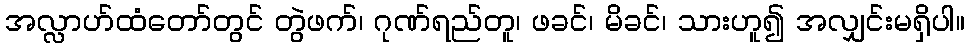
အလ္လာဟ်ထံတော်တွင် တွဲဖက်၊ ဂုဏ်ရည်တူ၊ ဖခင်၊ မိခင်၊ သားဟူ၍ အလျှင်းမရှိပါ။